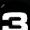
Digit: 3